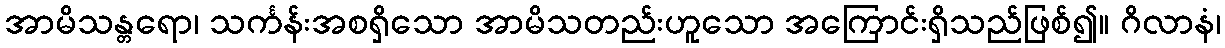
အာမိသန္တရော၊ သင်္ကန်းအစရှိသော အာမိသတည်းဟူသော အကြောင်းရှိသည်ဖြစ်၍။ ဂိလာနံ၊